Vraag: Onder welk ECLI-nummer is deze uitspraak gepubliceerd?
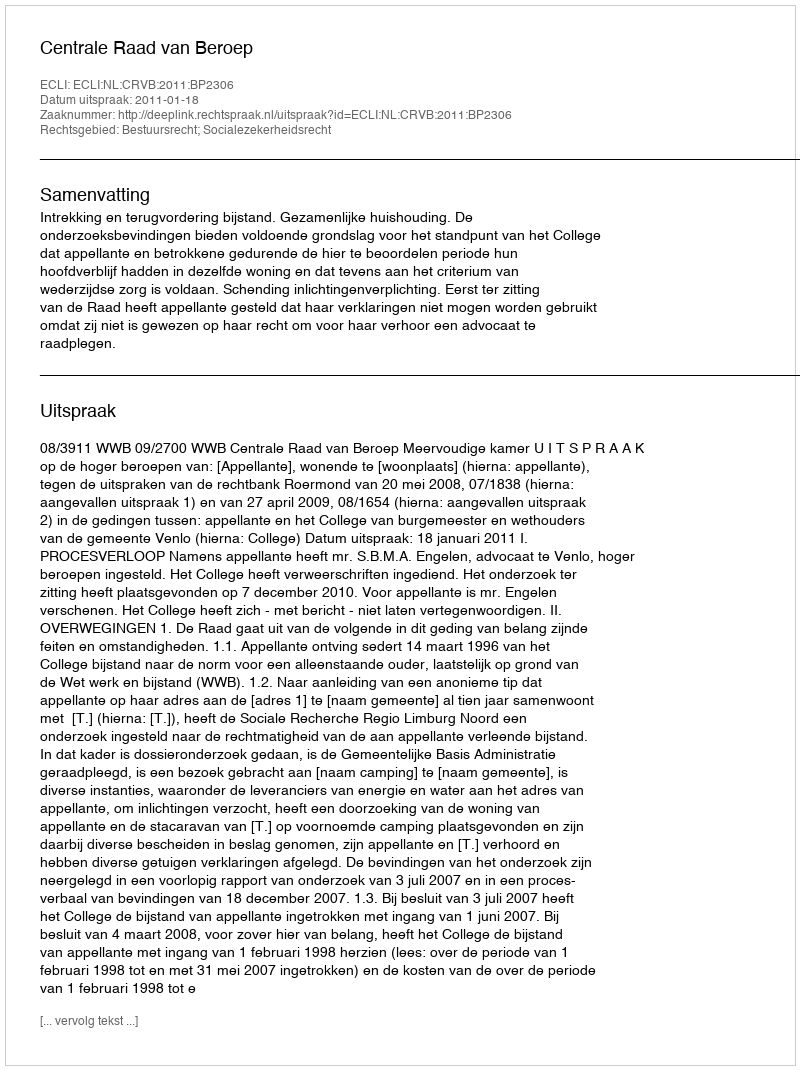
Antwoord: ECLI:NL:CRVB:2011:BP2306